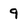
Character: 9